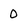
Character: 0